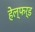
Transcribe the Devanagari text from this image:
हेल्फर्ड